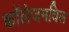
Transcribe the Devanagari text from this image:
काॅलेजमधिल